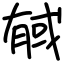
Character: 戫